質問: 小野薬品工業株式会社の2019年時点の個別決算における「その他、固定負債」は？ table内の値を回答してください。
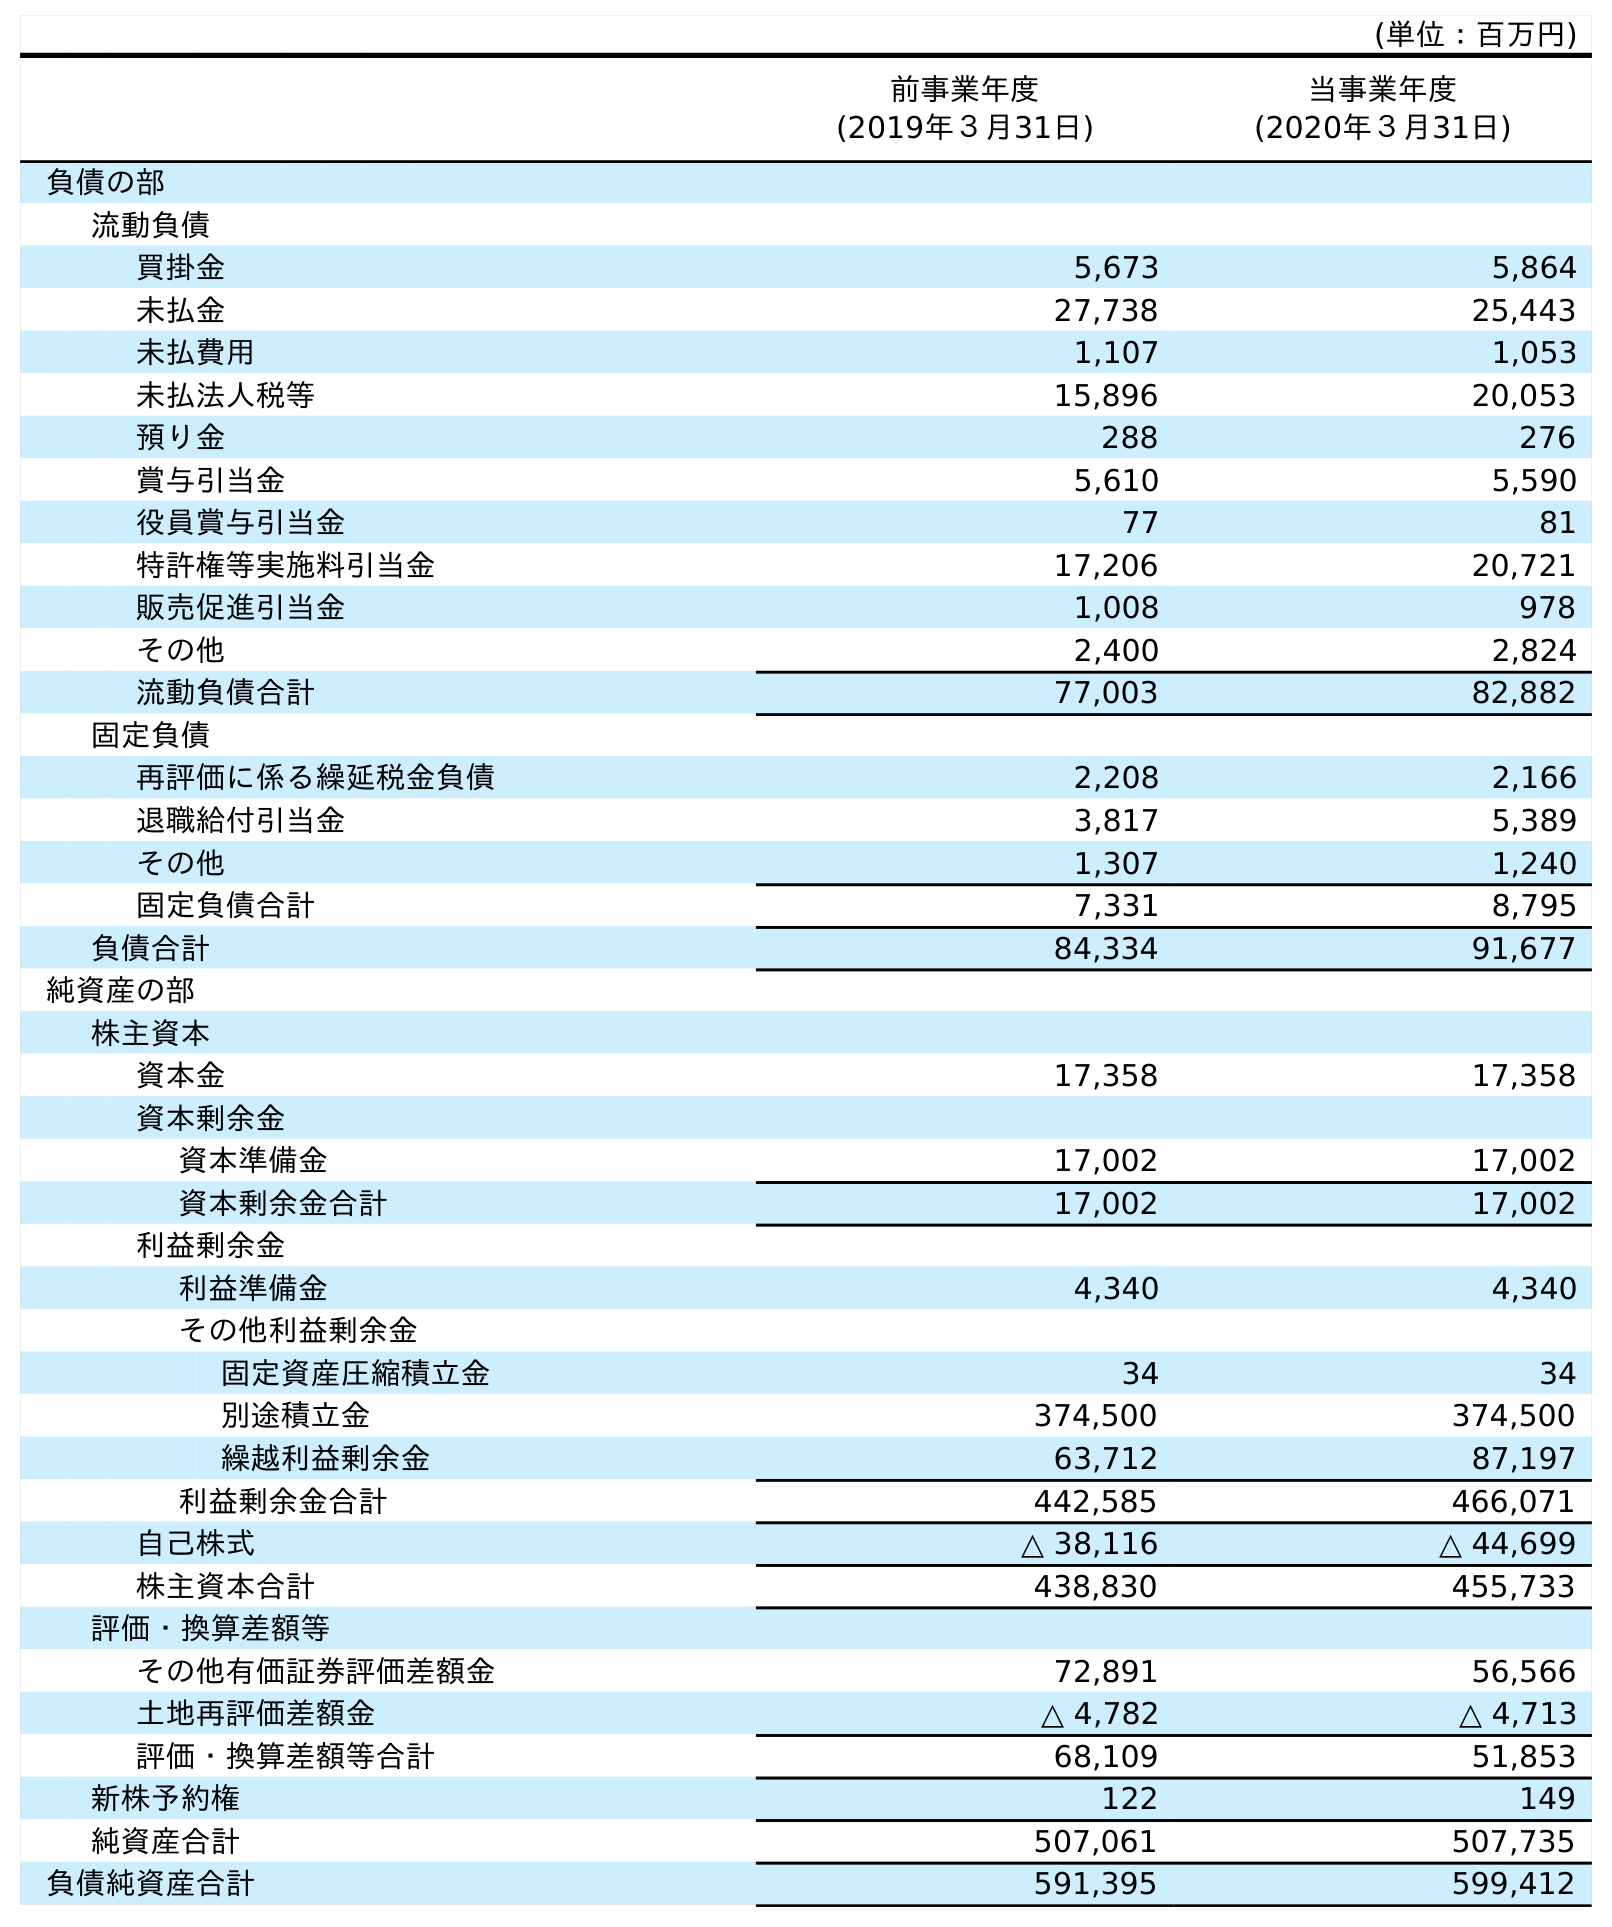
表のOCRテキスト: (単位：百万円) 前事業年度 (2019年３月31日) 当事業年度 (2020年３月31日) 負債の部 流動負債 買掛金 5,673 5,864 未払金 27,738 25,443 未払費用 1,107 1,053 未払法人税等 15,896 20,053 預り金 288 276 賞与引当金 5,610 5,590 役員賞与引当金 77 81 特許権等実施料引当金 17,206 20,721 販売促進引当金 1,008 978 その他 2,400 2,824 流動負債合計 77,003 82,882 固定負債 再評価に係る繰延税金負債 2,208 2,166 退職給付引当金 3,817 5,389 その他 1,307 1,240 固定負債合計 7,331 8,795 負債合計 84,334 91,677 純資産の部 株主資本 資本金 17,358 17,358 資本剰余金 資本準備金 17,002 17,002 資本剰余金合計 17,002 17,002 利益剰余金 利益準備金 4,340 4,340 その他利益剰余金 固定資産圧縮積立金 34 34 別途積立金 374,500 374,500 繰越利益剰余金 63,712 87,197 利益剰余金合計 442,585 466,071 自己株式 △ 38,116 △ 44,699 株主資本合計 438,830 455,733 評価・換算差額等 その他有価証券評価差額金 72,891 56,566 土地再評価差額金 △ 4,782 △ 4,713 評価・換算差額等合計 68,109 51,853 新株予約権 122 149 純資産合計 507,061 507,735 負債純資産合計 591,395 599,412
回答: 1,307